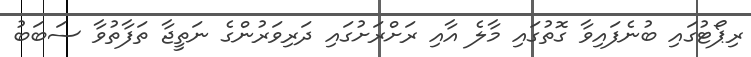
ރިޕޯޓުގައި ބުނެފައިވާ ގޮތުގައި މާލެ އާއި ރަށްރަށުގައި ދަރިވަރުންގެ ނަތީޖާ ތަފާތުވާ ސަބަބު